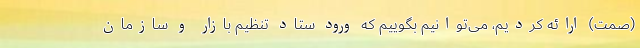
(صمت) ارائه کردیم، می‌توانیم بگوییم که ورود ستاد تنظیم بازار و سازمان